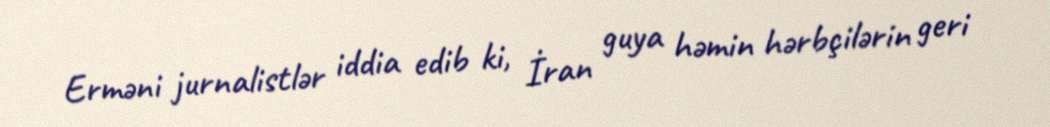
Erməni jurnalistlər iddia edib ki, İran guya həmin hərbçilərin geri